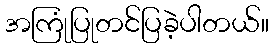
အကြုံပြုတင်ပြခဲ့ပါတယ်။